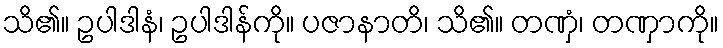
သိ၏။ ဥပါဒါနံ၊ ဥပါဒါန်ကို။ ပဇာနာတိ၊ သိ၏။ တဏှံ၊ တဏှာကို။